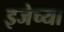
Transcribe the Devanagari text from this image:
इजेच्या